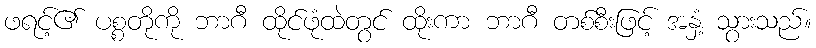
ဖရင့်၏ ပစ္စတိုကို ဘာဂီ ထိုင်ဖုံထဲတွင် ထိုးကာ ဘာဂီ တစ်စီးဖြင့် အနှံ့ သွားသည်။